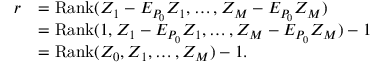
\begin{array} { r l } { r } & { = \operatorname { R a n k } ( Z _ { 1 } - E _ { P _ { 0 } } Z _ { 1 } , \dots , Z _ { M } - E _ { P _ { 0 } } Z _ { M } ) } \\ & { = \operatorname { R a n k } ( 1 , Z _ { 1 } - E _ { P _ { 0 } } Z _ { 1 } , \dots , Z _ { M } - E _ { P _ { 0 } } Z _ { M } ) - 1 } \\ & { = \operatorname { R a n k } ( Z _ { 0 } , Z _ { 1 } , \dots , Z _ { M } ) - 1 . } \end{array}